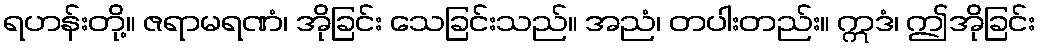
ရဟန်းတို့။ ဇရာမရဏံ၊ အိုခြင်း သေခြင်းသည်။ အညံ၊ တပါးတည်း။ ဣဒံ၊ ဤအိုခြင်း